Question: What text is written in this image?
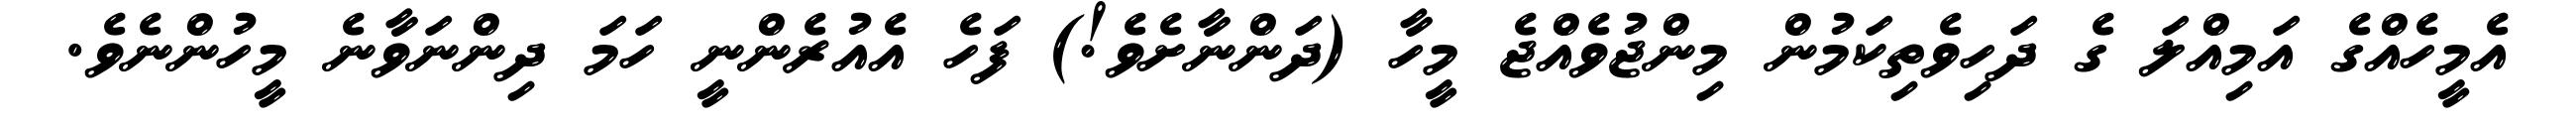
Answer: އެމީހެއްގެ އަމިއްލަ ގެ ދަހިވެތިކަމުން މިންޖުވެއްޖެ މީހާ (ދަންނާށެވެ!) ފަހެ އެއުރެންނީ ހަމަ ދިންނަވާނެ މީހުންނެވެ.